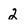
Character: 2